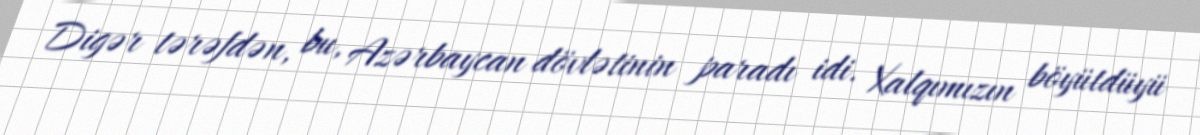
Digər tərəfdən, bu, Azərbaycan dövlətinin paradı idi. Xalqımızın böyütdüyü